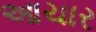
આચાર